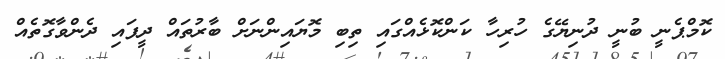
ކޮމްޕެނީ ބުނީ ދުނިޔޭގެ ހުރިހާ ކަންކޮޅެއްގައި ތިބި މޮޔައިންނަށް ބާރުތައް ދީފައި ދެންވާގޮތެއް